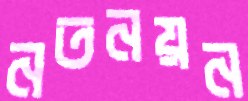
নতনয়ন